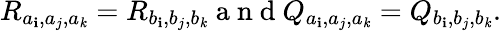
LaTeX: R_{a_{\mathbf{i}},a_{j},a_{\mathit{k}}}=R_{b_{\mathbf{i}},b_{j},b_{\mathit{k}}}\mathrm{{~a~n~d~}}Q_{a_{\mathbf{i}},a_{j},a_{\mathit{k}}}=Q_{b_{\mathbf{i}},b_{j},b_{\mathit{k}}}.